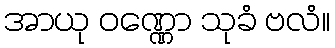
အာယု ဝဏ္ဏော သုခံ ဗလံ။